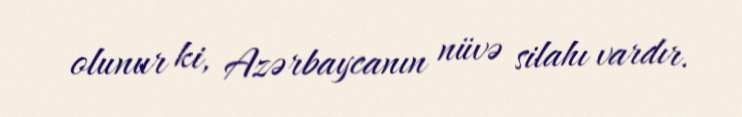
olunur ki, Azərbaycanın nüvə silahı vardır.